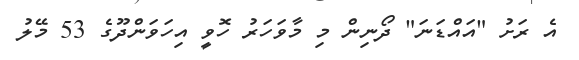
އެ ރަށު "އައްޑަނަ" ދޯނިން މި މާވަހަރު ހޮވީ އިހަވަންދޫގެ 53 މޭލު